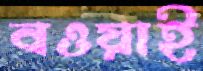
বওয়াই